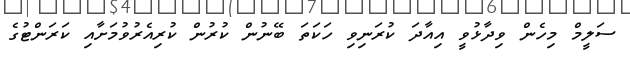
ސަލީމް މިހެން ވިދާޅުވީ އިއާދަ ކުރަނިވި ހަކަތަ ބޭނުން ކުރުން ކުރިއެރުވުމަށާއި ކަރަންޓުގެ